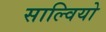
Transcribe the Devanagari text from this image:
साल्वियो